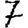
Digit: 7